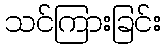
သင်ကြားခြင်း